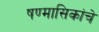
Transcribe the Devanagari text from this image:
षण्मासिकांचे